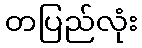
တပြည်လုံး